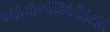
ભાવનામયતા